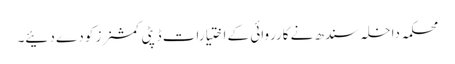
محکمہ داخلہ سندھ نے کارروائی کے اختیارات ڈپٹی کمشنرز کو دے دئیے۔